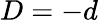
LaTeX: D=-d